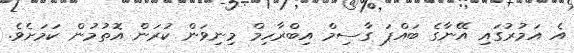
އެ އަމުރުގައި އޭނާގެ ބައްޕަ ގާސިމް އިބްރާހިމް މިނިވަން ކުރަން އޮތުމުން ކަމަށެވެ.